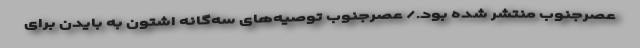
عصرجنوب منتشر شده بود./ عصرجنوب توصیه‌های سه‌گانه اشتون به بایدن برای